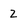
Character: 2